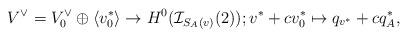
LaTeX: \begin{align*}V^{\vee}=V_0^{\vee}\oplus \langle v_0^*\rangle \to H^0(\mathcal{I}_{S_A(v)}(2)); v^*+cv_0^*\mapsto q_{v^*}+cq^*_A,\end{align*}